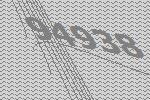
94938